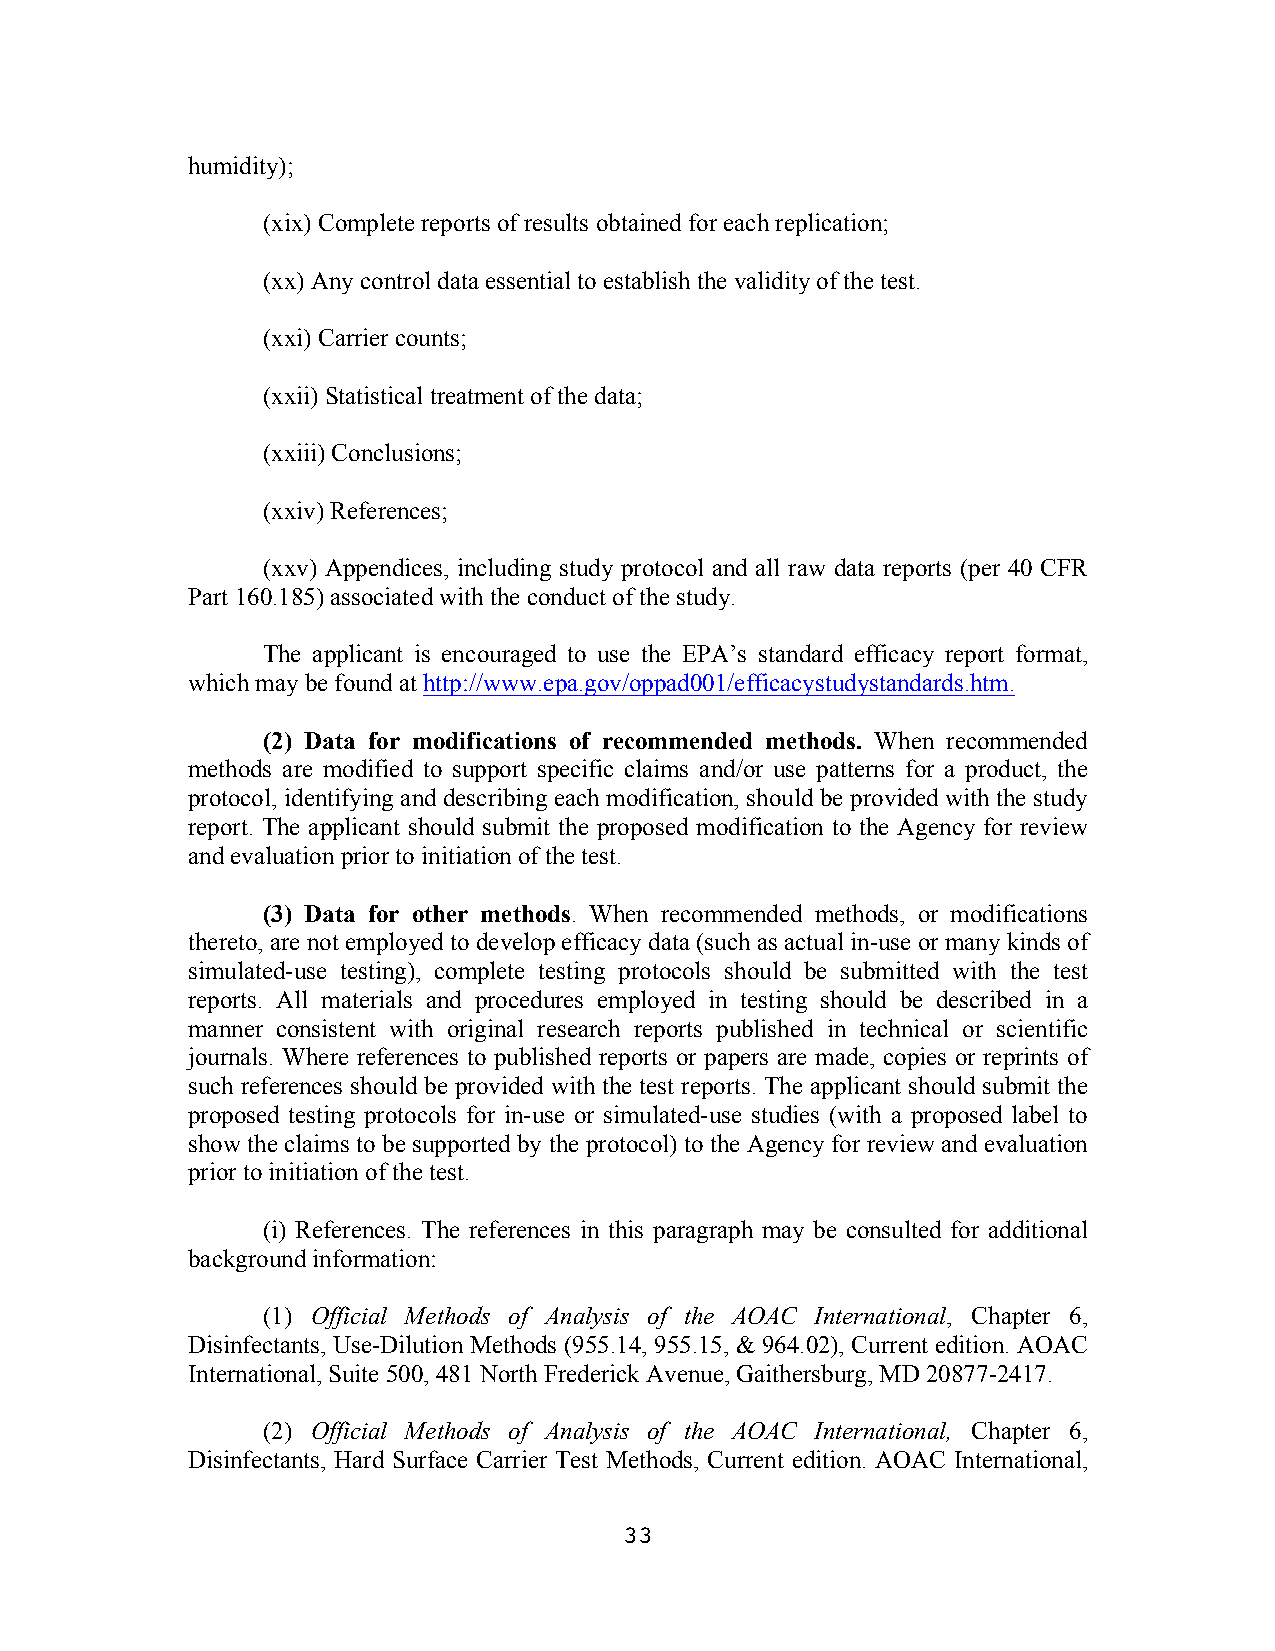
humidity);
 (xix) Complete reports of results obtained for each replication;
 (xx) Any control data essential to establish the validity of the test.
 (xxi) Carrier counts;
 (xxii) Statistical treatment of the data;
 (xxiii) Conclusions;
 (xxiv) References;
 (xxv) Appendices, including study protocol and all raw data reports (per 40 CFR
 Part 160.185) associated with the conduct of the study.
 The applicant is encouraged to use the EPA’s standard efficacy report format,
 which may be found at http://www.epa.gov/oppad001/efficacystudystandards.htm.
 (2) Data for modifications of recommended methods. When recommended
 methods are modified to support specific claims and/or use patterns for a product, the
 protocol, identifying and describing each modification, should be provided with the study
 report. The applicant should submit the proposed modification to the Agency for review
 and evaluation prior to initiation of the test.
 (3) Data for other methods. When recommended methods, or modifications
 thereto, are not employed to develop efficacy data (such as actual in-use or many kinds of
 simulated-use testing), complete testing protocols should be submitted with the test
 reports. All materials and procedures employed in testing should be described in a
 manner consistent with original research reports published in technical or scientific
 journals. Where references to published reports or papers are made, copies or reprints of
 such references should be provided with the test reports. The applicant should submit the
 proposed testing protocols for in-use or simulated-use studies (with a proposed label to
 show the claims to be supported by the protocol) to the Agency for review and evaluation
 prior to initiation of the test.
 (i) References. The references in this paragraph may be consulted for additional
 background information:
 (1) Official Methods of Analysis of the AOAC International, Chapter 6,
 Disinfectants, Use-Dilution Methods (955.14, 955.15, & 964.02), Current edition. AOAC
 International, Suite 500, 481 North Frederick Avenue, Gaithersburg, MD 20877-2417.
 (2) Official Methods of Analysis of the AOAC International, Chapter 6,
 Disinfectants, Hard Surface Carrier Test Methods, Current edition. AOAC International,
 33